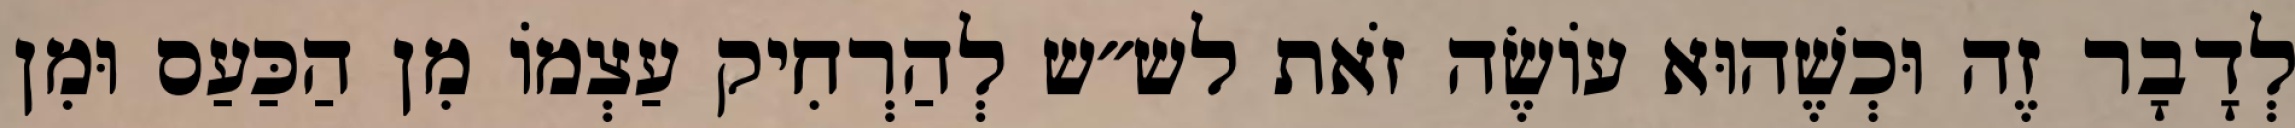
לְדָבָר זֶה וּכְשֶׁהוּא עוֹשֶׂה זֹאת לש״ש לְהַרְחִיק עַצְמוֹ מִן הַכַּעַס וּמִן